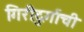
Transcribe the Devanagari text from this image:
गिरीदुर्गाची